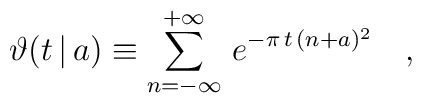
\vartheta(t\,|\,a) \equiv \sum_{n=-\infty}^{+\infty} \, e^{-\pi\,t\,(n+a)^2} \quad ,